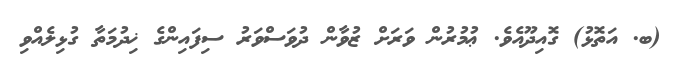
(ބ. އަތޮޅު) ގޮއިދޫއެވެ. ޢުމުރުން ވަރަށް ޒުވާން ދުވަސްވަރު ސިފައިންގެ ޚިދުމަތާ ގުޅިލެއްވި